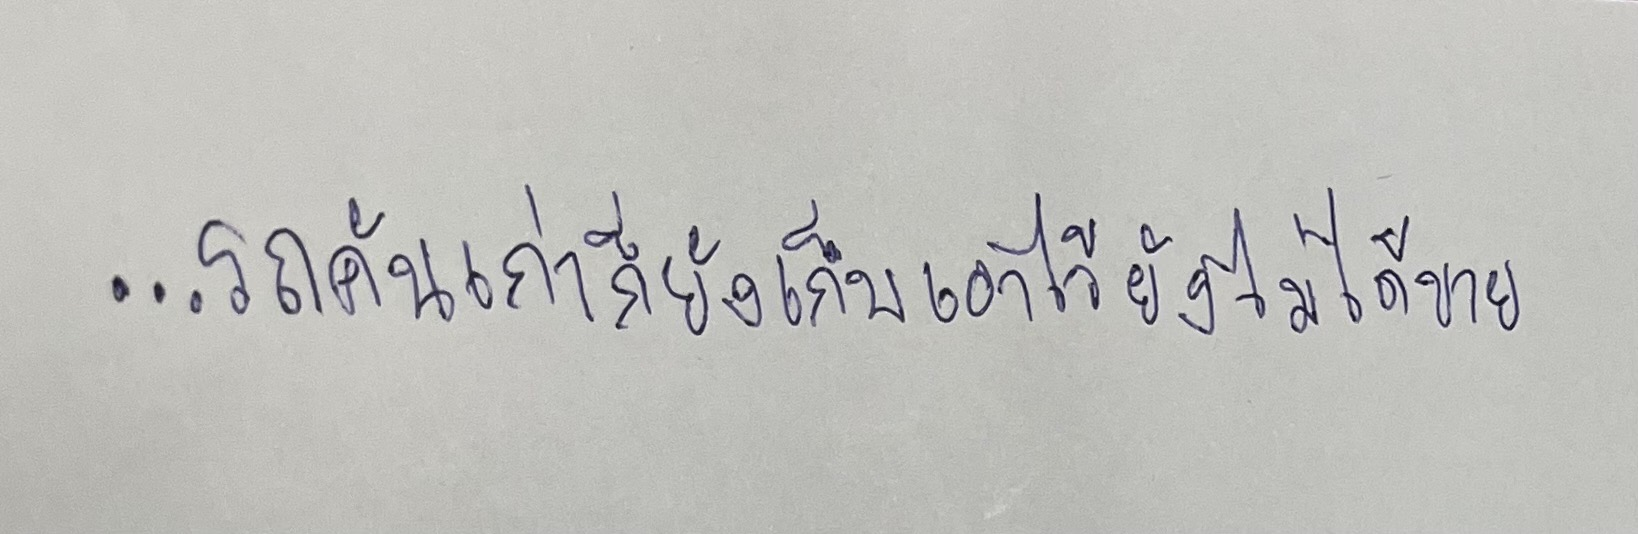
"...รถคันเก่าก็ยังเก็บเอาไว้ยังไม่ได้ขาย..."